Tartu_Muinsuskaitse_Uhendus, lk 2
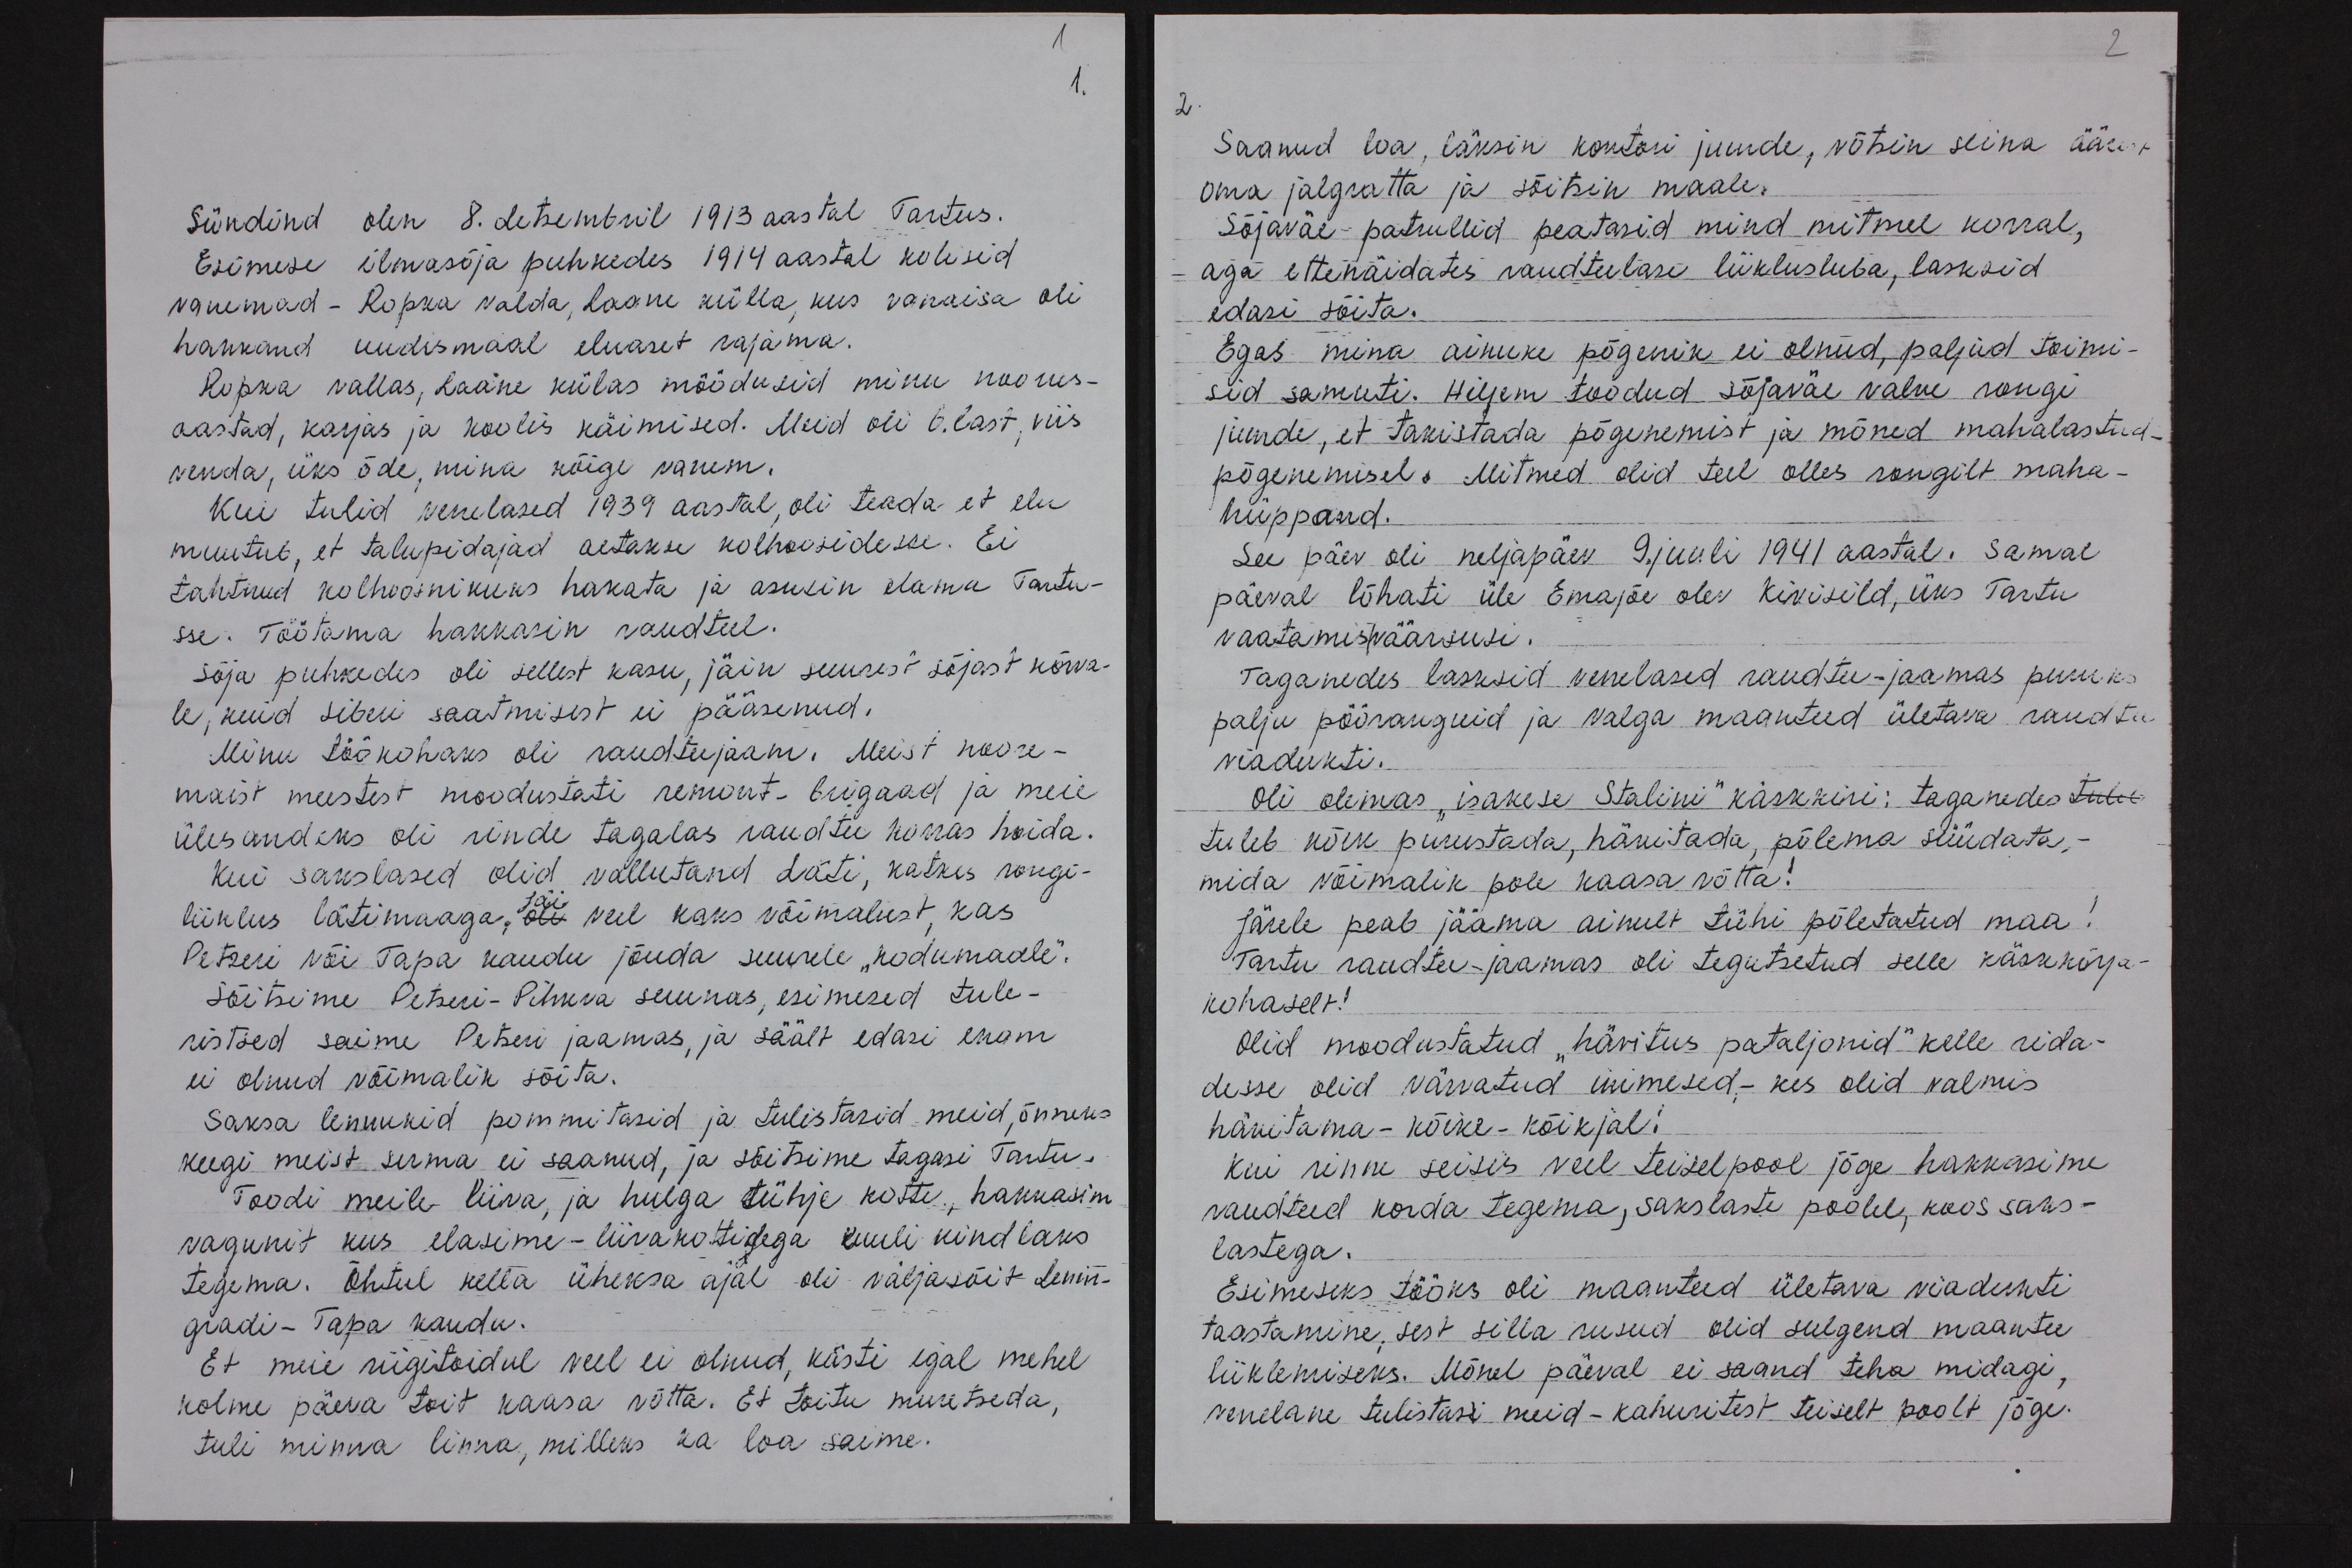
1
Sündinud olen 8. detsembril 1913 aastal Tartus.
Esimese ilmasõja puhkedes 1914 aastal kolisid
vanemad - Ropka valda, Laane külla, kus vanaisa oli
hakkand uudismaal eluaset rajama.
Ropka vallas, Laane külas möödusid minu noorus-
aastad, karjas ja koolis käimised. Meid oli 6. last, viis
venda, üks õde, mina kõige vanem.
Kui tulid venelased 1939 aastal, oli teada et elu
muutub, et talupidajad aetakse kolhoosidesse. Ei
tahtnud kolhoosnikuks hakata ja asusin elama Tartu-
sse. Töötama hakkasin raudteel.
Sõja puhkedes oli sellest kasu, jäin suurest sõjast kõrva-
le, kuid Siberi saatmisest ei pääsenud.
Minu töökohaks oli raudteejaam. Meist noore-
maist meestest moodustati remont. brigaad ja meie
ülesandeks oli rinde tagalas raudtee korras hoida.
Kui sakslased olid vallutand Läti, katkes rongi-
liiklus Lätimaaga, oli veel kaks võimalust, kas
Petseri või Tapa kaudu jõuda suurele "kodumadle".
Sõitsime Petseri-Pihkva suunas, esimesed tule-
ristsed saime Petseri jaamas, ja säält edasi enam
ei olnud võimalik sõita.
Saksa lennukid pommitasid ja tulistasid meid, õnneks
keegi meist surma ei saanud, ja sõitsime tagasi Tartu.
Toodi meile liiva, ja hulga tühje kotte, hakkasim
vagunit kus elasime - liivakottidega kuuli kindlaks.
tegema. Õhtul kella üheksa ajal oli väljasõit Lenin-
gradi-Tapa kaudu.
Et meie riigitoidul veel ei olnud, kästi igal mehel
kolme päeva toit kaasa võtta. Et toitu muretseda,
tuli minna linna, milleks ka loa saime.

2
2.
Saanud loa, läksin kontori juurde, võtsin seina äärest
oma jalgratta ja sõitsin maale.
Sõjaväe-patrullid peatasid mind mitmel korral,
aga ettenäidates raudteelase liiklusluba, lasksid
edasi sõita.
Egas mina ainuke põgenik ei olnud, paljud toimi-
sid samuti. Hiljem toodud sõjaväe valve rongi
juurde, et takistada põgenemist ja mõned mahalastud
põgenemisel. Mitmed olid teel olles rongilt maha-
hüppand.
See päev oli neljapäev 9. juuli 1941 aastal. Samal
päeval lõhati üle Emajõe olev Kivisild, üks Tartu
vaatamisväärsusi.
Taganedes lasksid venelased raudtee-jaamas puruks
palju pööranguid ja Valga maanteed ületava raudtee
viadukti.
Oli olemas "isakese Stalini" käskkiri: taganedes tuleb
tuleb kõik purustada, hävitada, põlema süüdata.-
mida võimalik pole kaasa võtta!
Järele peab jääma ainult tühi põletatud maa!
Tartu raudtee-jaamas oli tegutsetud selle käskkirja
kohaselt!
Olid moodustatud "hävitus pataljonid" kelle rida-
desse olid värvatud inimesid,- kes olid valmis
hävitama - kõike - kõikjal!
Kui rinne seisis veel teiselpool jõge hakkasime
raudteed korda tegema, sakslaste poolel, koos saks-
lastega.
Esimeseks tööks oli maanteed ületava viadukti
taastamine, sest silla rusud olid sulgend maantee
liiklemiseks. Mõnel päeval ei saand teha midagi,
venelane tulistasi meid - kahuritest teiselt poolt jõge.